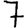
Digit: 7